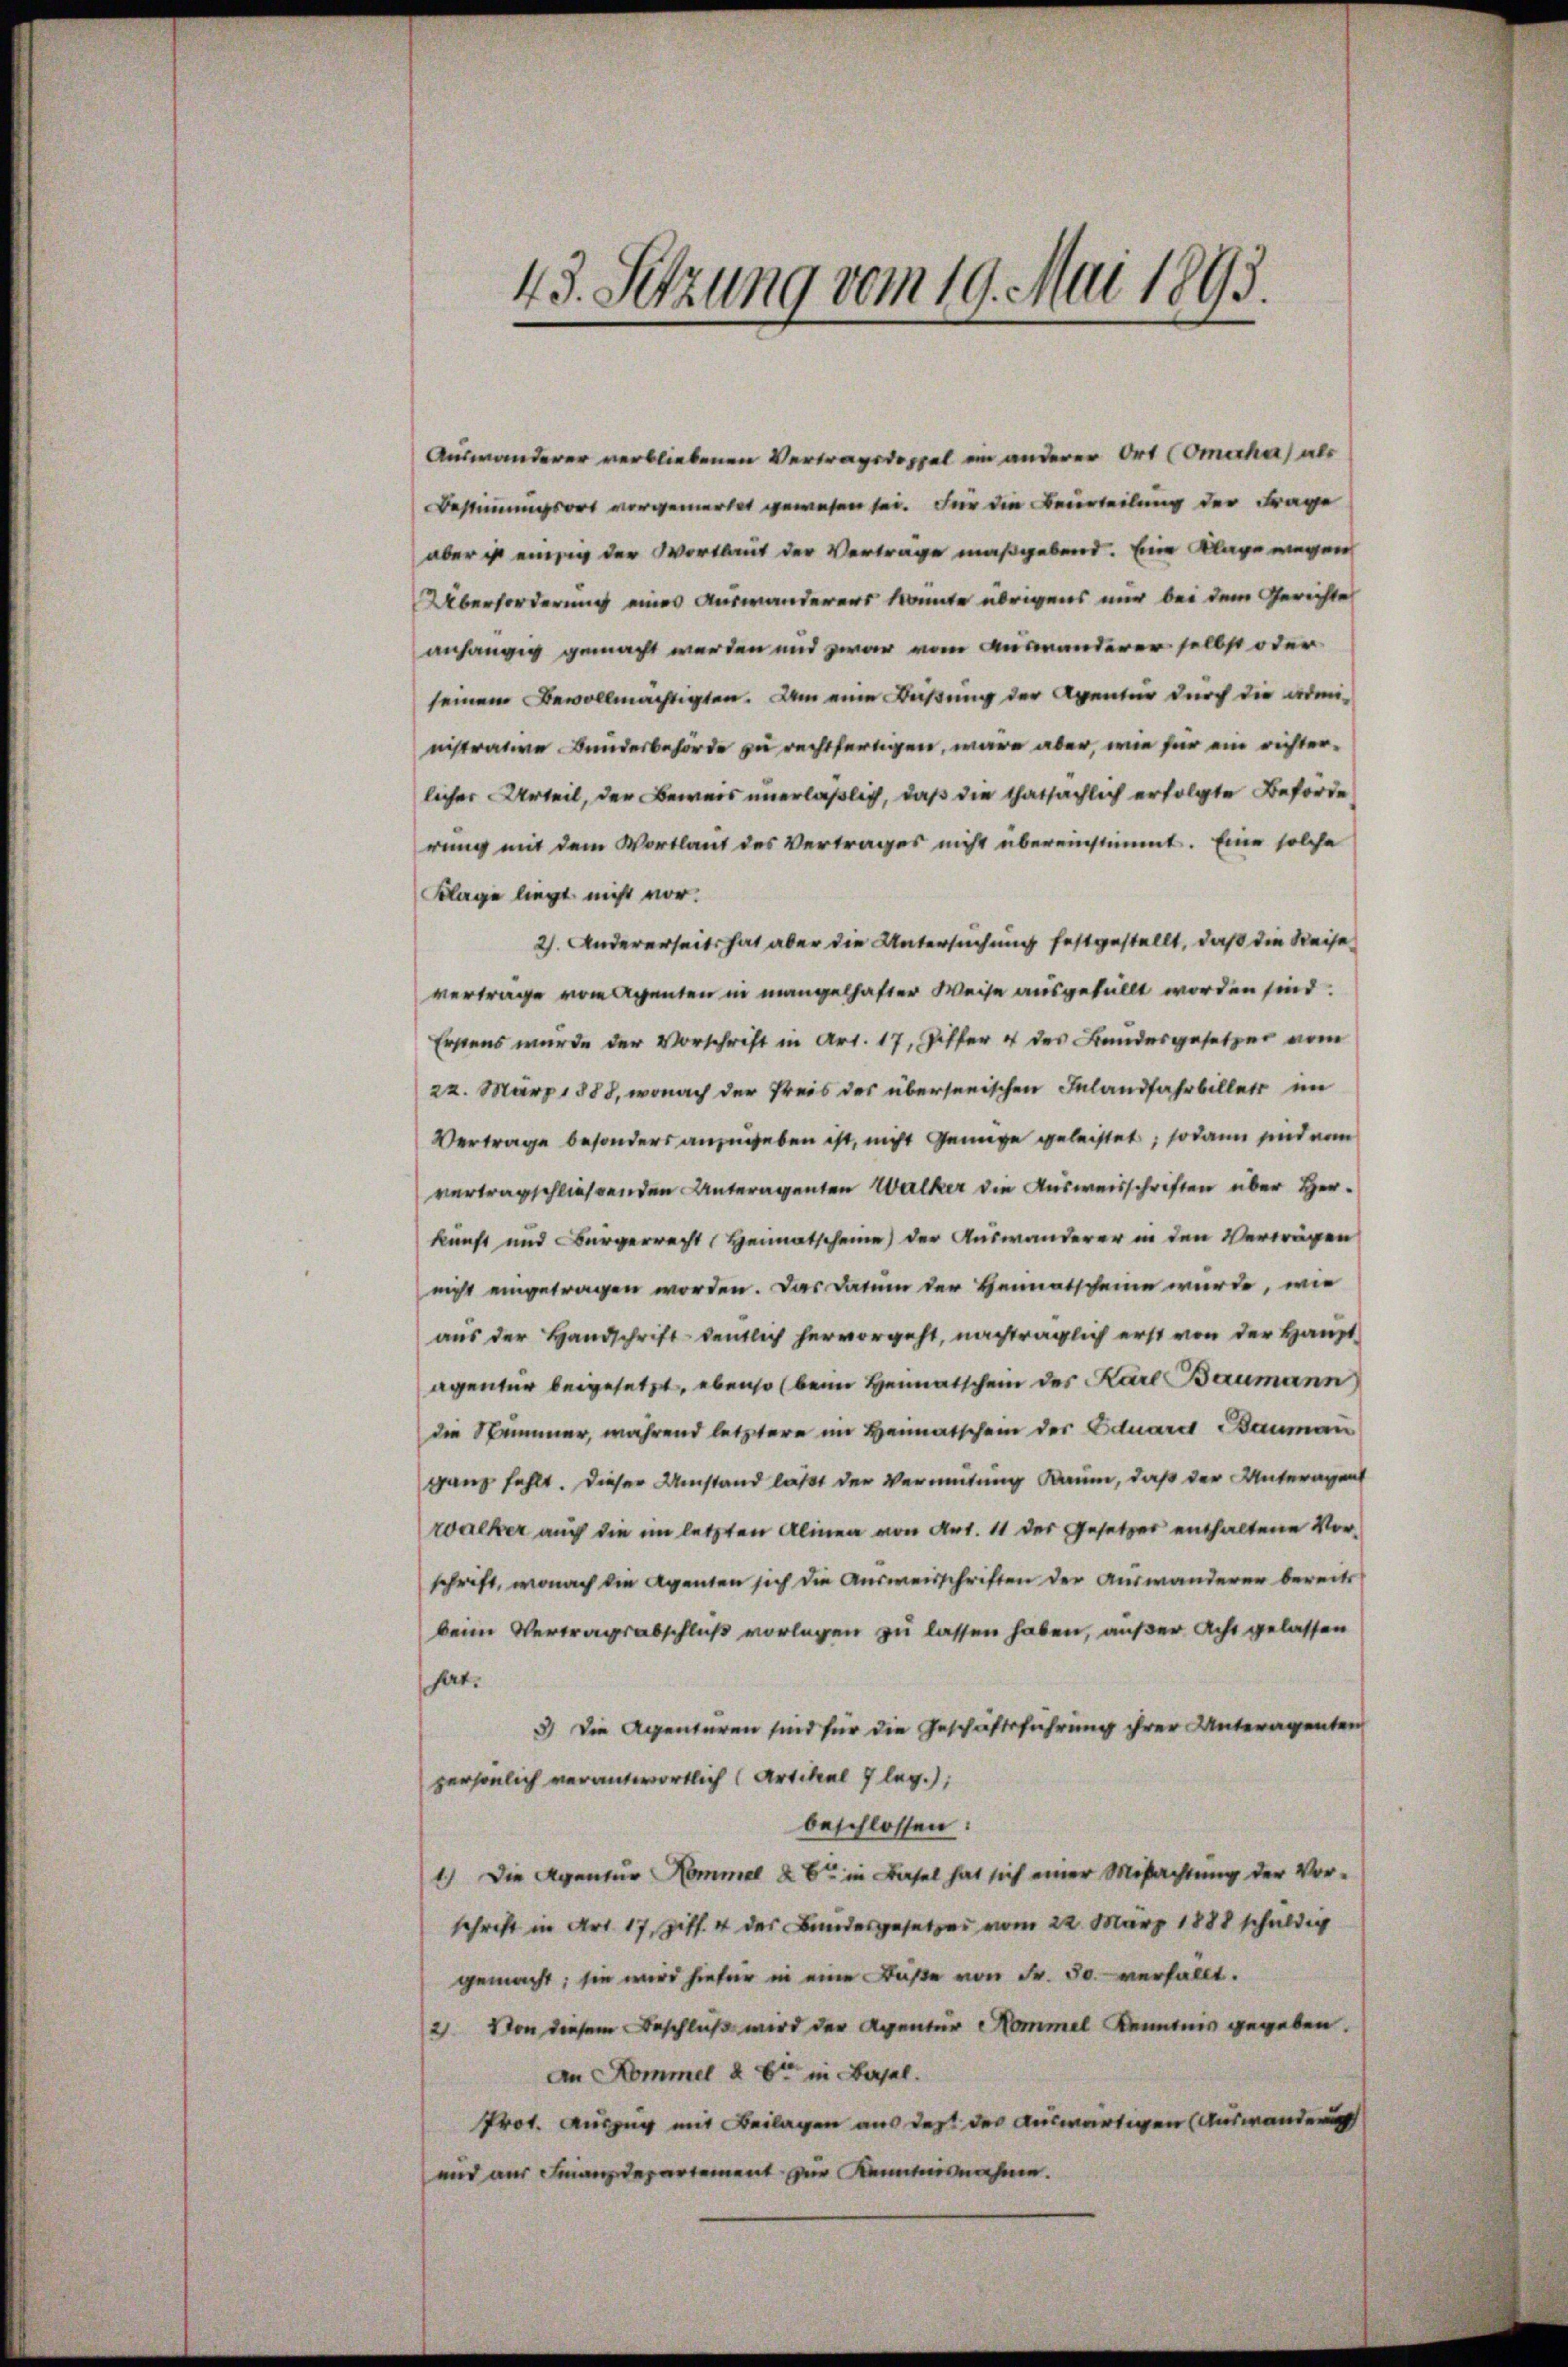
43. Setzung vom 19. Mai 1893.

Auswanderer verbliebenen Vertragsdoppel in anderer Ort (Omechar) als
Bestimmungsort vorgemerket gewesen sei. Für die Beurteilung der Frage
aber ist einen der Wortlaut der Verträge maßgebend. Eine Klage wegen
Überforderung eines Auswanderers konnte übrigens nur bei dem Gerichte
anhängig gemacht werden und zwar vom Anstanderer selbst oder
seinem Bevollmächtigten. Um eine Baßung der Aventur durch die administrative Bundesbehörde zu rechtfertigen, wäre aber, wie für ein richterlicher Urteil, der Beweis unerläßlich, daß die thatsächlich erfolgte Beförde
rung mit dem Wortlaut des Vertrages nicht übereinstimmt. Eine solche
Klage liegt nicht vor.
2). Andererseits hat aber die Untersuchung festgestellt, daß die Reise
verträge von Agenten in mangelhafter Weise ausgefüllt worden sind.
Erstens wurde der Vorschrift in Art. 17, Ziffer 4 des Bandesgesetzer vom
22. März 1888, wonach der Preis des überseeischen Inlandfahrbillett im
Vertrage besonders anzugeben ist, nicht Genüge geleistet, sodann sind vom
vertragschließenden Unteragenten Walker die Ausweisschriften über Herkunft und Bürgerrecht Heimatscheine der Auswanderer in den Verträgen
nicht eingetragen worden. Das Datum der Heimatscheine wurde, wie
aus der Handschriftsentlich hervorgeht, nachträglich erst von der Haupt
agentur beigesetzt, ebenso (beim Heimatschein des Karl Baumann
die Nummer, während letztere im Heimatschein der Eduard Bauman
ganz fehlt. Dieser Umstand läßt der Vermutung kaum, daß der Unteragen
wacker auch die im letzten Alinen von Art. 11 der Gesetzes enthaltene Vorschrift, wonach die Agenten sich die Ausweisschriften der Auswanderer bereits
beim Vertragsabschluß vorlagen zu lassen haben, außer Acht gelassen
hat.
3) Die Agenturen sind für die Geschäftsführung ihrer Unteragenten
persönlich verantwortlich (Artikel 7 leg.);
beschlossen:
1) Die Agentur Hammel & 6 in Basel hat sich einer Misachtung der Vor-
schrift in Art. 17, Ziff. 4 des Bundesgesetzes vom 22. März 1888 schuldig
gemacht; sie wird hiefür in eine Buße von Fr. 30. verfällt.
2 Von diesem Beschluß wird der Agentur Commel Kenntnis gegeben.
An Kommel d. 8ten in Basel.
Prot. Auszug mit Beilagen aus des der auswärtigen (Auswanderung
und aus Franzdepartement zur Kenntnisnahme.